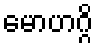
မောဟဂ္ဂိ